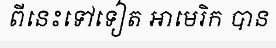
ពីនេះទៅទៀត អាមេរិក បាន